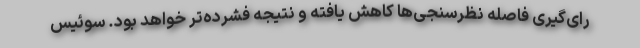
رای‌گیری فاصله نظرسنجی‌ها کاهش یافته و نتیجه فشرده‌تر خواهد بود. سوئیس